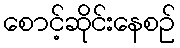
စောင့်ဆိုင်းနေစဉ်